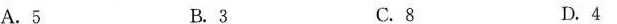
A.5 B.3 C.8 D.4